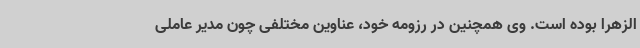
الزهرا بوده است. وی همچنین در رزومه خود، عناوین مختلفی چون مدیر عاملی